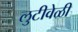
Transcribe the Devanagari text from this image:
लुटीवेळी